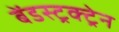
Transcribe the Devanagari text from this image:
बेंडस्ट्रक्ट्रेन